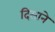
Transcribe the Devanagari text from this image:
दिसाने